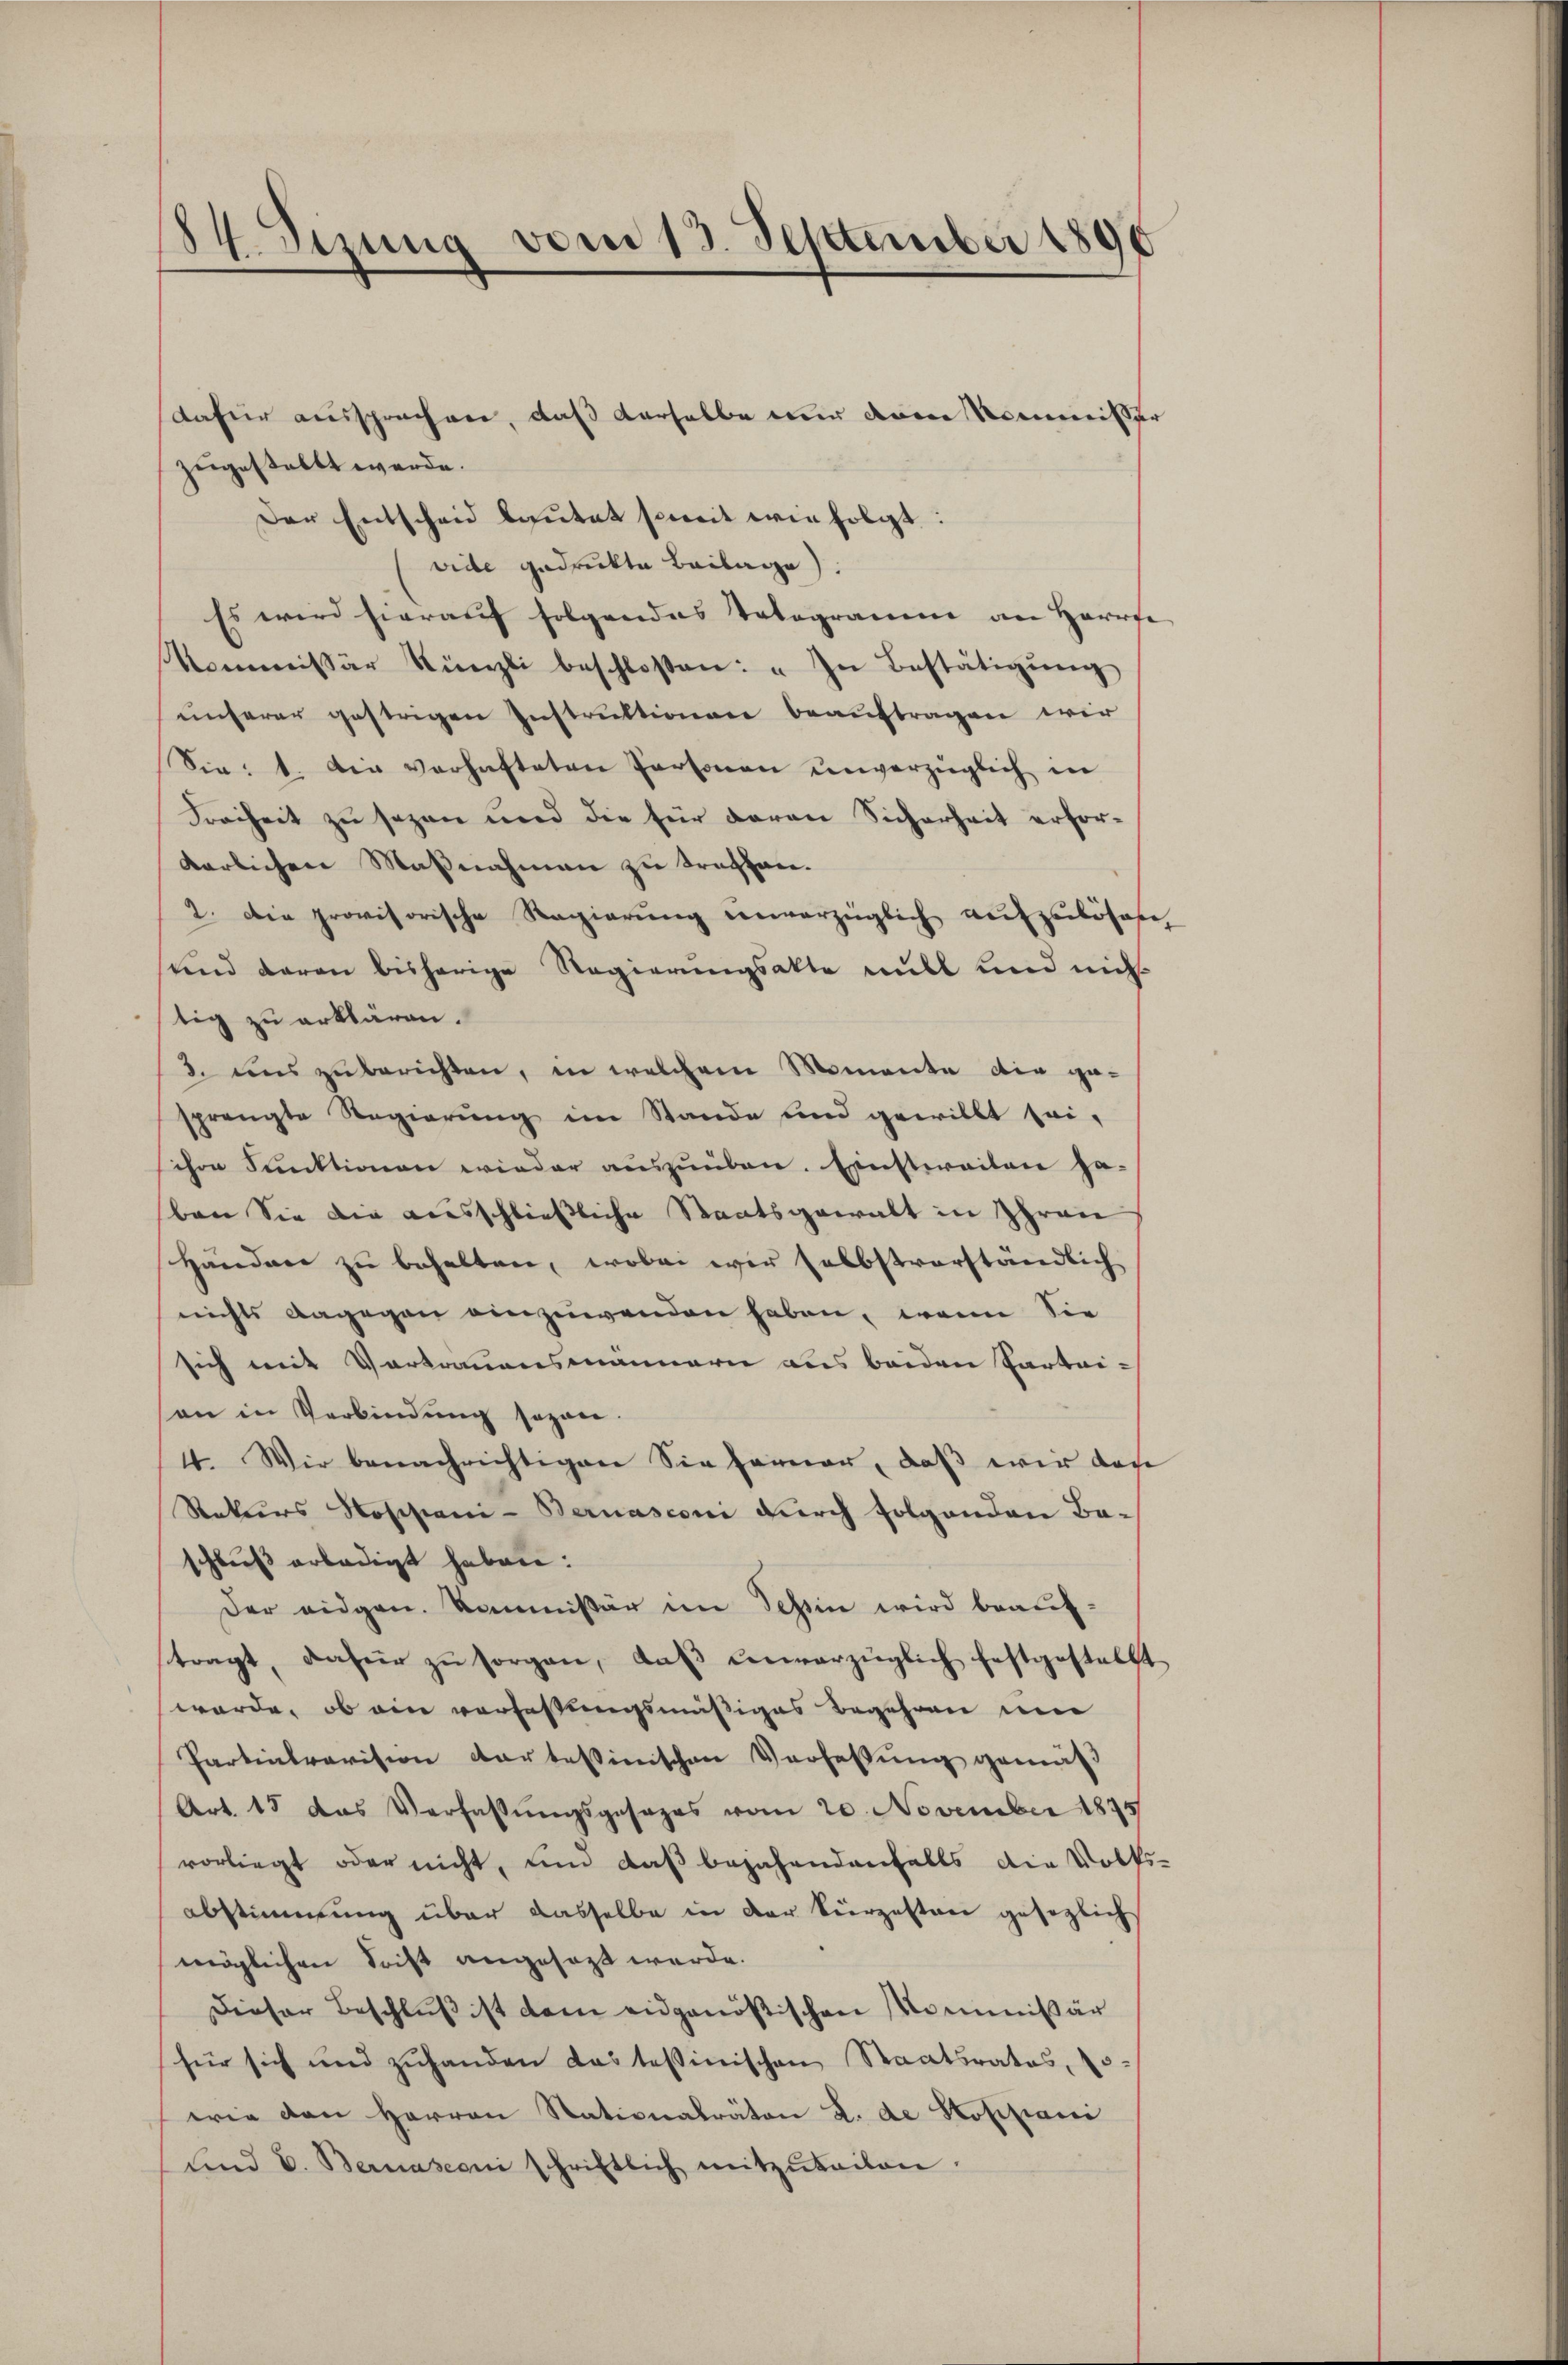
184. Sizung vom 13. September 1890

zugestellt werde.
Der Entscheid bautet soweit wie folgt.
vide gedrukte Beilage).
Es wird hierauf folgendes Totogramm an Harrte
Kommissär Künzli beschloßen: „In Bestätigŭng
unserer gestrigen Instruktionen beaŭftragen wir
Sie: 1. Die verhafteten Personen unverzüglich in
Freiheit zu sezen und die für daran Sicherheit erforkarlichen Maßnahmen zu treffen.
2. Die provisorische Regierung unvorzüglich aufzulösen,
und daran bisherige Regierungsakte will und nich
tig zu erklären.
3. uns zŭ berichten, in welchem Momente die ge-
prengte Regierung im Stande und gewillt sei,
ihre Funktionen wieder auszuüben. Einsteraitere ha-
ben Sie die ausschließliche Staatsgewalt in Zhran
Händere zu behalten, wobei wir selbstverständlich
nichts dagegen einzuwenden haben, wenn Sie
sich mit Vortrauensmännern aus beiden Partei-
an in Verbindung sogen.
4. Wir benachrichtigen Sie ferner, daß wir das
Rekurs Noschieni- Bernasconi durch folgenden Ba-
schluß erledigt haben:
Der eidgen. Kommissär im Schin wird beauftragt, dafür zŭ sorgen, daβ ŭnvorzüglich festgestellt
würde, ob ein verfassungsmäßiges Begehren um
Partialrevision dar tessinischen Verfassung gemäß
Art. 15 das Verfassŭngsgesages vom 20. November 1875
vorliegt oder nicht, und daß bejahendenfalls die Volks-
abstimmung über dasselbe in der Bierzusten gesezlich
möglichen Socht angesezt werde.
Dieser Beschluß ist dem eidgenößischen Kommißär
für sich und zŭhanden das tessinischen Staatsrates, o
erie den Herren Stationalräton L. de Stofiziani
ŭnd C. Bernasconi schriftlich mitzŭteilen.

dafür aussprechen, daß derselbe nur deine Kommisser